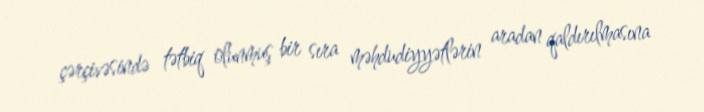
çərçivəsində tətbiq olunmuş bir sıra məhdudiyyətlərin aradan qaldırılmasına